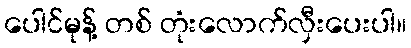
ပေါင်မုန့် တစ် တုံးလောက်လှီးပေးပါ။